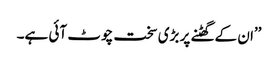
’’ان کے گھٹنے پر بڑی سخت چوٹ آئی ہے۔